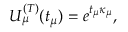
U _ { \mu } ^ { ( T ) } ( t _ { \mu } ) = e ^ { t _ { \mu } \kappa _ { \mu } } ,